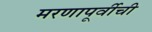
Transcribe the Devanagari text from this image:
मरणापूर्वीची